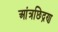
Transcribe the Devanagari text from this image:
आंत्रछिद्रण